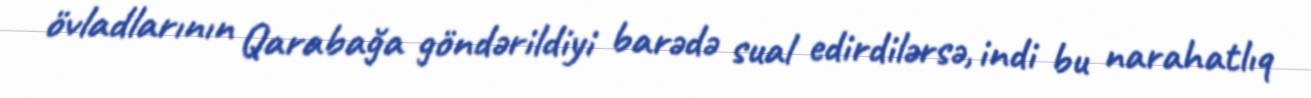
övladlarının Qarabağa göndərildiyi barədə sual edirdilərsə, indi bu narahatlıq